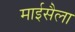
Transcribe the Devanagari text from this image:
माईसैला